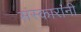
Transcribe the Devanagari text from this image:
संस्कारांनी